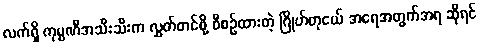
လက်ရှိ ကုမ္ပဏီအသီးသီးက လွှတ်တင်ဖို့ စီစဉ်ထားတဲ့ ဂြိုဟ်တုငယ် အရေအတွက်အရ ဆိုရင်